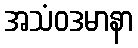
အသံဝဒမာနာ